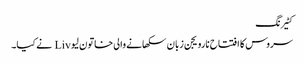
کٹیرنگ
سروس کا افتتاح نارویجن زبان سکھانے والی خاتون لیو Liv نے کیا۔